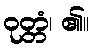
ဝုတ္တံ၊ ၏။